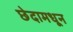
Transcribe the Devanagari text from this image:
छेदामधून